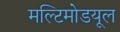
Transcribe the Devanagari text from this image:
मल्टिमोडयूल